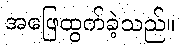
အဖြေထွက်ခဲ့သည်။